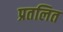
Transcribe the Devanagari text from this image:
प्रतलित